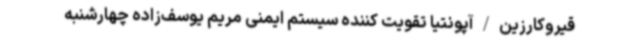
قیروکارزین/آپونتیا تقویت کننده سیستم ایمنی مریم یوسف‌زاده چهارشنبه